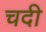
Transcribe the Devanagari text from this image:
चदी